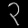
Digit: ၃